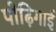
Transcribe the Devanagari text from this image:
पोढ़िगाई